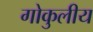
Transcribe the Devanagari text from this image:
गोकुलीय